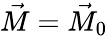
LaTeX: \vec{M}=\vec{M}_{0}